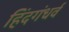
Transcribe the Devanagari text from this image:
हिंदगंधर्व